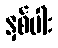
နှစ်ပါး